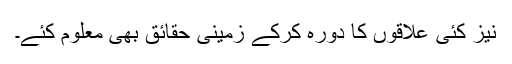
نیز کئی علاقوں کا دورہ کرکے زمینی حقائق بھی معلوم کئے۔